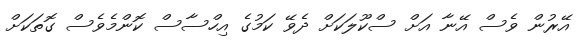
އޭރުން ވެސް އޭނާ އަށް ސްކޫލަކަށް ދެވޭ ކަމުގެ އިހްސާސް ކޮންމެވެސް ގޮތަކަށް